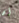
أن